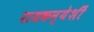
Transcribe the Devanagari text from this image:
राजकन्येशीं